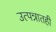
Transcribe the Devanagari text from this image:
उत्पन्नातही